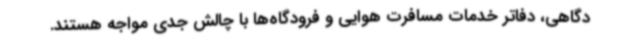
دگاهی، دفاتر خدمات مسافرت هوایی و فرودگاه‌ها با چالش جدی مواجه هستند.